Notes on vaccination in the North-West Frontier Province 1923-1928 - 1923-1928
Year: 1923
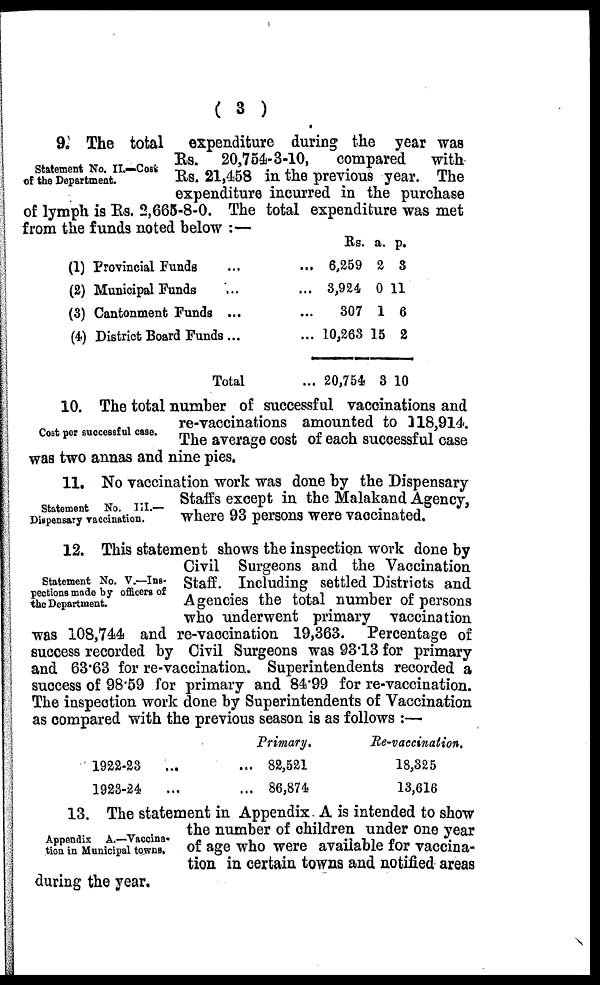
( 3 )
Statement No. II.—Cost
of the Department.
9. The total
expenditure during the year was
Rs. 20,754-3-10,
compared
with
Rs. 21,458 in the previous year. The
expenditure incurred in the purchase
of lymph is Rs. 2,665-8-0. The total expenditure was met
from the funds noted below :—
(1) Provincial Funds
...
...
(2) Municipal Funds ... ...
(3) Cantonment Funds ... ...
(4) District Board Funds ... ...
Total ...
Rs.
6,259
3,924
307
10,263
20,754
a.
2
0
1
15
3
p.
3
11
6
2
10
Cost per successful case.
10. The total number of successful vaccinations and
re-vaccinations amounted to 118,914.
The average cost of each successful case
was two annas and nine pies.
Statement No. III.—
Dispensary vaccination.
11. No vaccination work was done by the Dispensary
Staffs except in the Malakand Agency,
where 93 persons were vaccinated.
Statement No. V.—Ins-
pections made by officers of
the Department.
12. This statement shows the inspection work done by
Civil Surgeons and the Vaccination
Staff. Including settled Districts and
Agencies the total number of persons
who underwent primary vaccination
was 108,744 and re-vaccination 19,363. Percentage of
success recorded by Civil Surgeons was 93.13 for primary
and 63.63 for re-vaccination. Superintendents recorded a
success of 98.59 for primary and 84.99 for re-vaccination.
The inspection work done by Superintendents of Vaccination
as compared with the previous season is as follows :—
1922-23 ... ...
1923-24
... ...
Primary.
82,521
86,874
Re-vaccination.
18,325
13,616
Appendix A.—Vaccina-
tion in Municipal towns.
13. The statement in Appendix A is intended to show
the number of children under one year
of age who were available for vaccina-
tion in certain towns and notified areas
during the year.